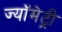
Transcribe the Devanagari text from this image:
ज्यॉमेट्री